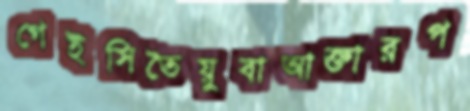
গেইসিতৈয়ুবাআক্তারপ